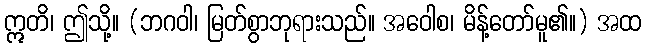
ဣတိ၊ ဤသို့။ (ဘဂဝါ၊ မြတ်စွာဘုရားသည်။ အဝေါစ၊ မိန့်တော်မူ၏။) အထ